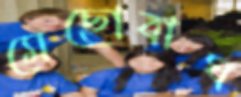
মেছোবাঘ